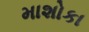
માશોકા